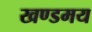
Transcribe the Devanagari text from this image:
खण्डमय